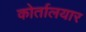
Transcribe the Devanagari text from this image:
कोर्तालयार